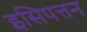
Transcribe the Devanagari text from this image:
इसिपत्तन